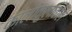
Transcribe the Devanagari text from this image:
कालीकुलावलि